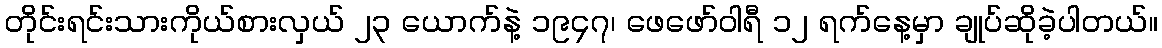
တိုင်းရင်းသားကိုယ်စားလှယ် ၂၃ ယောက်နဲ့ ၁၉၄၇၊ ဖေဖော်ဝါရီ ၁၂ ရက်နေ့မှာ ချုပ်ဆိုခဲ့ပါတယ်။